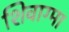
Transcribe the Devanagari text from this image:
शिवाग्मा